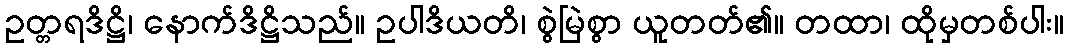
ဥတ္တရဒိဋ္ဌိ၊ နောက်ဒိဋ္ဌိသည်။ ဥပါဒိယတိ၊ စွဲမြဲစွာ ယူတတ်၏။ တထာ၊ ထိုမှတစ်ပါး။